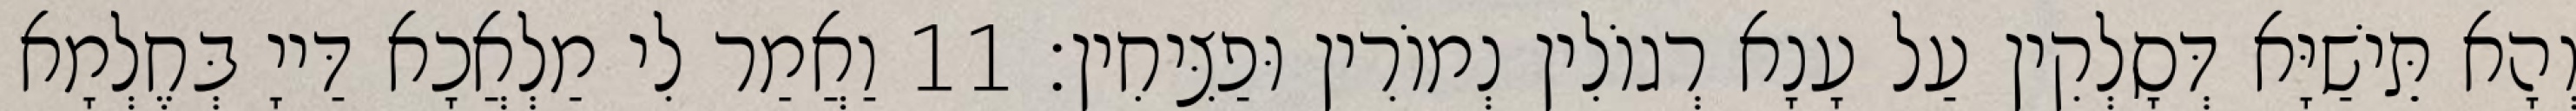
וְהָא תֵּישַׁיָּא דְּסָלְקִין עַל עָנָא רְגוֹלִין נְמוֹרִין וּפַצִּיחִין׃ 11 וַאֲמַר לִי מַלְאֲכָא דַּייָ בְּחֶלְמָא